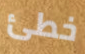
خطئ